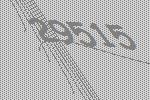
29515